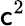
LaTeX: \mathsf{c}^{2}